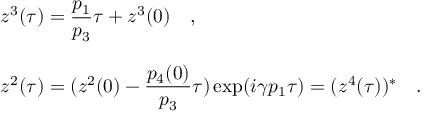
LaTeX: \begin{array} { l } { { z ^ { 3 } ( \tau ) = { \displaystyle \frac { p _ { 1 } } { p _ { 3 } } } \tau + z ^ { 3 } ( 0 ) \quad , } } \\ { { \, } } \\ { { z ^ { 2 } ( \tau ) = ( z ^ { 2 } ( 0 ) - { \displaystyle \frac { p _ { 4 } ( 0 ) } { p _ { 3 } } } \tau ) \exp ( i \gamma p _ { 1 } \tau ) = ( z ^ { 4 } ( \tau ) ) ^ { * } \quad . } } \end{array}